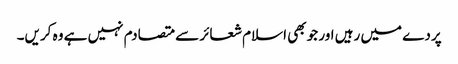
پردے میں رہیں اور جو بھی اسلام شعائر سے متصادم نہیں ہے وہ کریں۔